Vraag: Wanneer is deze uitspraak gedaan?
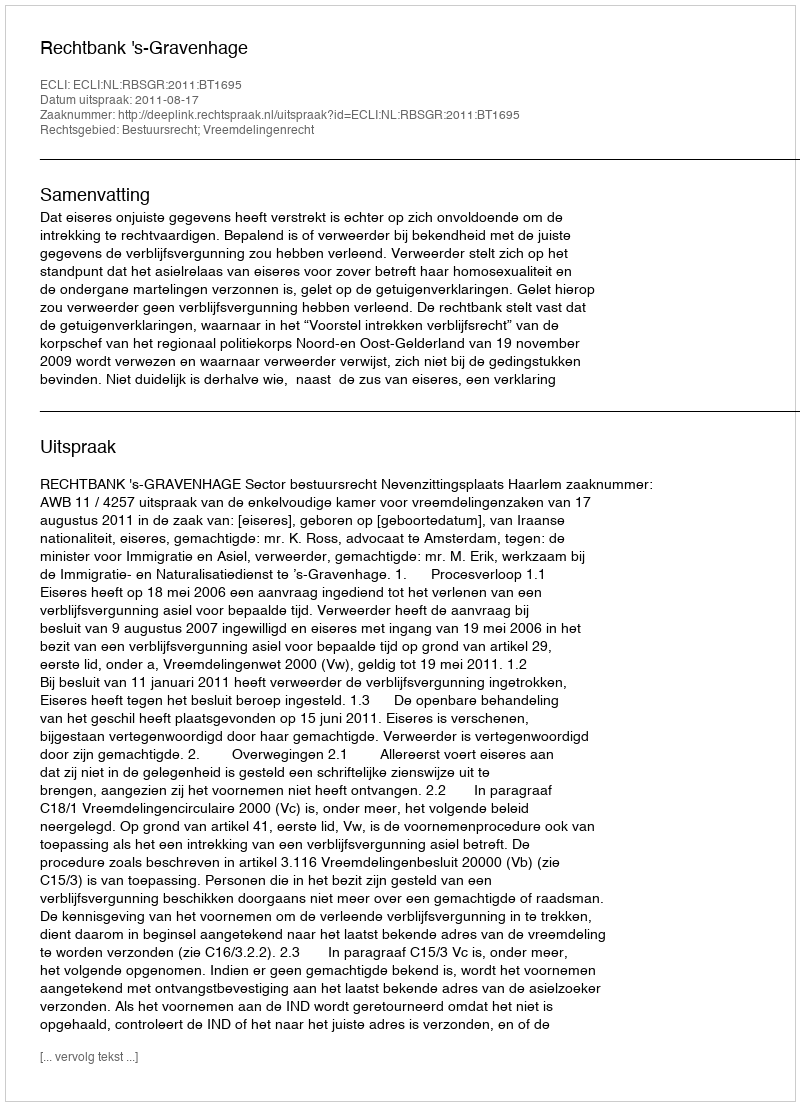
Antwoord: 2011-08-17